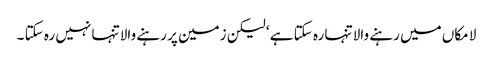
لا مکاں میں رہنے والا تنہا رہ سکتا ہے ‘ لیکن زمین پر رہنے والا تنہا نہیں رہ سکتا ۔